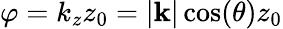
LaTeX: \varphi=k_{z}z_{0}=|\mathbf{k}|\cos(\theta)z_{0}